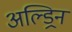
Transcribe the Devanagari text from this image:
अल्ड्रिन